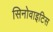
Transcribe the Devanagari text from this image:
सिनोवाइटिस